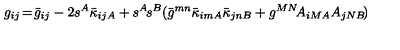
g _ { i j } \! = \! \bar { g } _ { i j } - 2 s ^ { A } \bar { \kappa } _ { i j A } + s ^ { A } \! s ^ { B } ( \bar { g } ^ { m n } \bar { \kappa } _ { i m A } \bar { \kappa } _ { j n B } + g ^ { M N } \! A _ { i M A } A _ { j N B } \! )